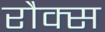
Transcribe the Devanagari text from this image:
रौक्स